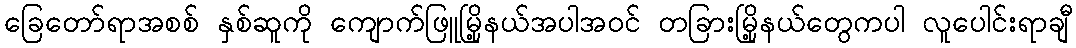
ခြေတော်ရာအစစ် နှစ်ဆူကို ကျောက်ဖြူမြို့နယ်အပါအဝင် တခြားမြို့နယ်တွေကပါ လူပေါင်းရာချီ